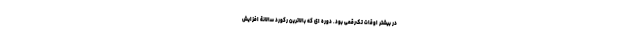
در بیشتر اوقات تک‌رقمی بود. دوره ای که بالاترین رکوردِ سالانة افزایش